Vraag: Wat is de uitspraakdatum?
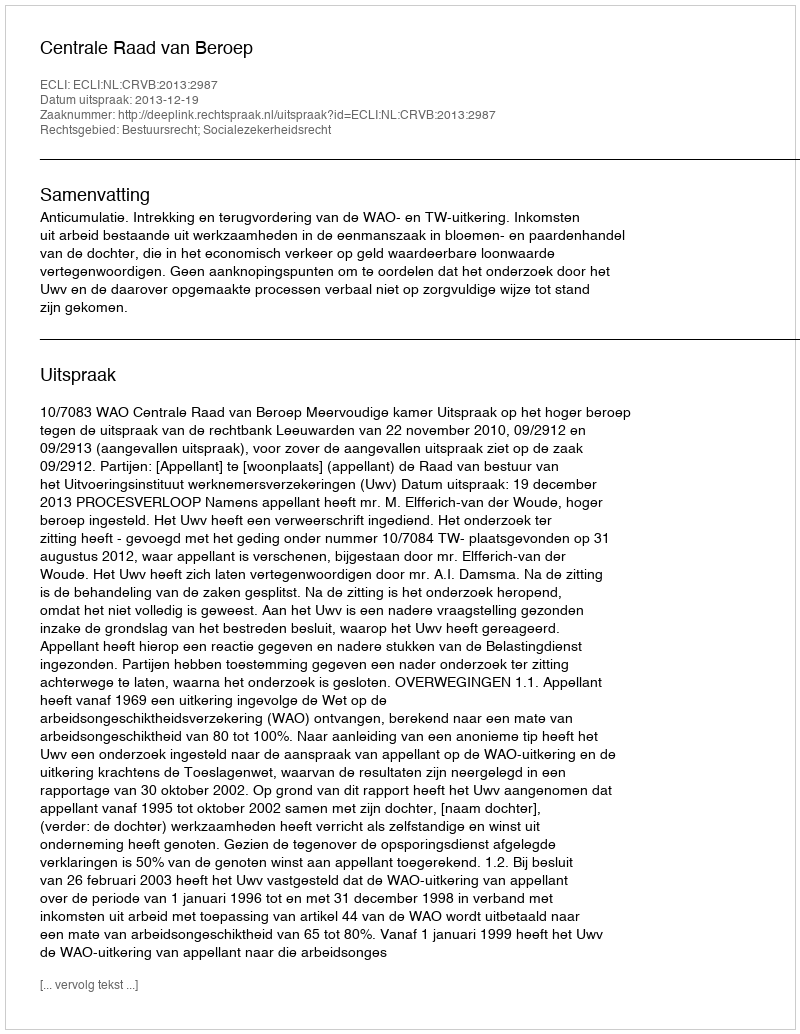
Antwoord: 2013-12-19